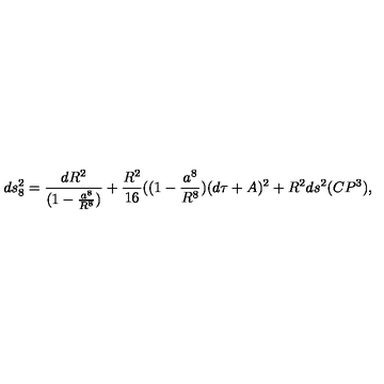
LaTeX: d s _ { 8 } ^ { 2 } = \frac { d R ^ { 2 } } { ( 1 - \frac { a ^ { 8 } } { R ^ { 8 } } ) } + \frac { R ^ { 2 } } { 1 6 } ( ( 1 - \frac { a ^ { 8 } } { R ^ { 8 } } ) ( d \tau + A ) ^ { 2 } + R ^ { 2 } d s ^ { 2 } ( C P ^ { 3 } ) ,